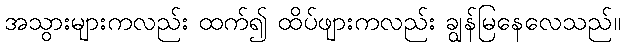
အသွားများကလည်း ထက်၍ ထိပ်ဖျားကလည်း ချွန်မြနေလေသည်။